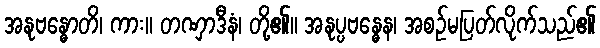
အနုဗန္ဓောတိ၊ ကား။ တဏှာဒီနံ၊ တို့၏။ အနုပ္ပဗန္ဓေန၊ အစဉ်မပြတ်လိုက်သည်၏